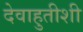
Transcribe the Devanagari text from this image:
देवाहुतीशी